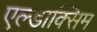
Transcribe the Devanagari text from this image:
एल्डाक्सिम